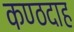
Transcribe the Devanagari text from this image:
कण्ठदाह